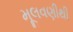
મૂલવણીથી